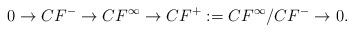
LaTeX: \begin{align*}0\to CF^-\to CF^\infty\to CF^+:=CF^\infty/CF^-\to 0.\end{align*}